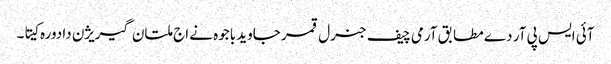
آئی ایس پی آر دے مطابق آرمی چیف جنرل قمر جاوید باجوہ نے اج ملتان گیریژن دا دورہ کیتا۔